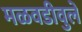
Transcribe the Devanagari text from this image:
मळवडीवुले